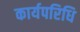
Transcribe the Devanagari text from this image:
कार्यपरिधि